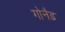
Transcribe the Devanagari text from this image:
गोनैड